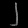
Digit: ၂